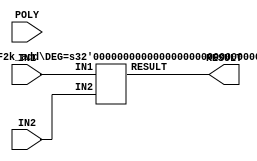
module GF2k
#( parameter DEG = 2 , parameter OP = 0)
(
input[DEG:0] POLY,
input[DEG-1:0] IN1,
input[DEG-1:0] IN2,
output [DEG-1:0] RESULT
);

generate
	case (OP)
		0:
			GF2k_add #(DEG) adder (.IN1(IN1), .IN2(IN2), .RESULT(RESULT));
		1:
			GF2k_add #(DEG) adder (.IN1(IN1), .IN2(IN2), .RESULT(RESULT));
		2:
			GF2k_mult #(DEG) multer (.IN1(IN1), .IN2(IN2), .POLY(POLY), .RESULT(RESULT));
		3:
			GF2k_div #(DEG) divider (.IN1(IN1), .IN2(IN2), .POLY(POLY), .RESULT(RESULT));
	endcase
endgenerate

endmodule

module GF2k_add
#(parameter DEG = 2)
(
	input[DEG-1:0] IN1,
	input[DEG-1:0] IN2,
	output [DEG-1:0] RESULT
);

assign RESULT = IN1 ^ IN2;

endmodule

module GF2k_mult
#(parameter DEG = 2)
(
	input[DEG:0] POLY,
	input[DEG-1:0] IN1,
	input[DEG-1:0] IN2,
	output[DEG-1:0] RESULT
);
wire [2*DEG-2:0] product [0:DEG-1];
reg [2*DEG-2:0] cur_R [0:DEG-1];

genvar i;
generate
	for (i = 0; i < DEG; i = i + 1)
	begin:	loop_product
		wire [2*DEG-2:0] cur_product;
		assign cur_product = (IN2[i]) ? IN1<<i : 0;
		
		if (i == 0)
			assign product[0] = cur_product;
		else
		begin
			GF2k_add #(2*DEG-1) ADD_PRODUCT (.IN1({cur_product}), .IN2(product[i - 1]), .RESULT(product[i]));
		end
	end
endgenerate

always @ (*)
begin
	cur_R[0] = product[DEG-1];
end

generate
	for (i = 0; i < DEG-1; i = i + 1)
	begin:	loop_r
		wire [2*DEG-i-2:0] next_R;
		wire [2*DEG-i-2:0] cur_S;
		
		assign cur_S = POLY << DEG-i-2;
		GF2k_add #(2*DEG-i-1) MOD (.IN1(cur_R[i][2*DEG-i-2:0]), .IN2(cur_S), .RESULT(next_R));
		always @ (*)
		begin
			if (cur_R[i][2*DEG-2-i] == 1)
				cur_R[i+1] = next_R;
			else
				cur_R[i+1] = cur_R[i];
		end
	end
endgenerate

assign RESULT = cur_R[DEG-1];

endmodule

module GF2k_div
#(parameter DEG = 2)
(
	input[DEG:0] POLY,
	input[DEG-1:0] IN1,
	input[DEG-1:0] IN2,
	output[DEG-1:0] RESULT
);

wire [DEG-1:0] mult_result;
wire [DEG-1:0] mult_in;

genvar i, j;
generate
	for (i = 0; i < 2*DEG; i = i + 1)
	begin:	loop_Euclid
		wire [DEG-i/2:0] DN;
		wire [DEG-i/2-1:0] DR;
		wire [DEG-i/2:0] DR_shift;
		wire [DEG-i/2:0] R;
		wire [DEG-i/2:0] msb_DR[0:DEG-i/2-1];
		wire [DEG-i/2:0] msb_DN[0:DEG-i/2];

		wire [DEG-1:0] mqh;
		wire [DEG-1:0] mql;
		wire [DEG-1:0] mql_Q;
		wire [DEG-1:0] MQ;
		wire [DEG-1:0] B_inv;
		wire R_flag;

		if (i == 0)
		begin
			assign DN = POLY;
			assign DR = IN2;
			assign mql = 1;
			assign mqh = 0;
		end
		else
		begin
			assign DN = (loop_Euclid[i-1].R > loop_Euclid[i-1].DR) ? loop_Euclid[i-1].R : loop_Euclid[i-1].DR;
			assign DR = (loop_Euclid[i-1].R > loop_Euclid[i-1].DR) ? loop_Euclid[i-1].DR : loop_Euclid[i-1].R;
			assign mql = (loop_Euclid[i-1].R > loop_Euclid[i-1].DR) ? loop_Euclid[i-1].mql : loop_Euclid[i-1].MQ;
			assign mqh = (loop_Euclid[i-1].R > loop_Euclid[i-1].DR) ? loop_Euclid[i-1].MQ : loop_Euclid[i-1].mql;
		end

		for (j = 0; j < DEG-i/2; j = j + 1)
		begin
			if (j == 0)
				assign msb_DR[j] = 0;
			else
				assign msb_DR[j] = (DR[j] == 1) ? j : msb_DR[j-1];
		end
		for (j = 0; j <= DEG-i/2; j = j + 1)
		begin
			if (j == 0)
				assign msb_DN[j] = 0;
			else
				assign msb_DN[j] = (DN[j] == 1) ? j : msb_DN[j-1];
		end
		assign DR_shift = DR << (msb_DN[DEG-i/2] - msb_DR[DEG-i/2-1]);
		GF2k_add #(DEG-i/2+1) mod_DR_DN (.IN1(DN), .IN2(DR_shift), .RESULT(R));
		assign mql_Q = mql << (msb_DN[DEG-i/2] - msb_DR[DEG-i/2-1]);
		GF2k_add #(DEG) GEN_MQ (.IN1(mqh), .IN2(mql_Q), .RESULT(MQ));

		if (i == 0)
		begin
			assign R_flag = (R == 1) ? 1 : 0;
			assign B_inv = MQ;
		end
		else
		begin
			assign R_flag = (R == 1 || loop_Euclid[i-1].R_flag == 1) ? 1 : 0;
			assign B_inv = (loop_Euclid[i-1].R_flag) ? loop_Euclid[i-1].B_inv : MQ;
		end
	end
endgenerate

assign mult_in = (IN2 == 1) ? 1 : (loop_Euclid[2*DEG-1].B_inv);

GF2k_mult #(DEG) GEN_RES (.IN1(IN1), .IN2(mult_in), .POLY(POLY), .RESULT(RESULT));
// GF2k_mult #(DEG) GEN_RES (.IN1(IN1), .IN2(mult_in), .POLY(POLY), .RESULT(mult_result));

// assign RESULT = (IN2 == 1) ? 1 : mult_result;

endmodule